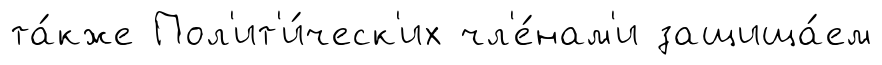
та́кже Пол'ит'и́ческ'их чл'е́нам'и защища́ем